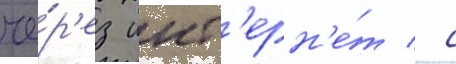
че́р'ез инт'ерн'е́т / с